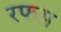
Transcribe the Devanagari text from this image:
रफस